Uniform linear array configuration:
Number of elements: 12
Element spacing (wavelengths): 0.25
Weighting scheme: cosine
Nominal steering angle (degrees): -45
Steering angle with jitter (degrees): -45.777
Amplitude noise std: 0.05
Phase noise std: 0.05

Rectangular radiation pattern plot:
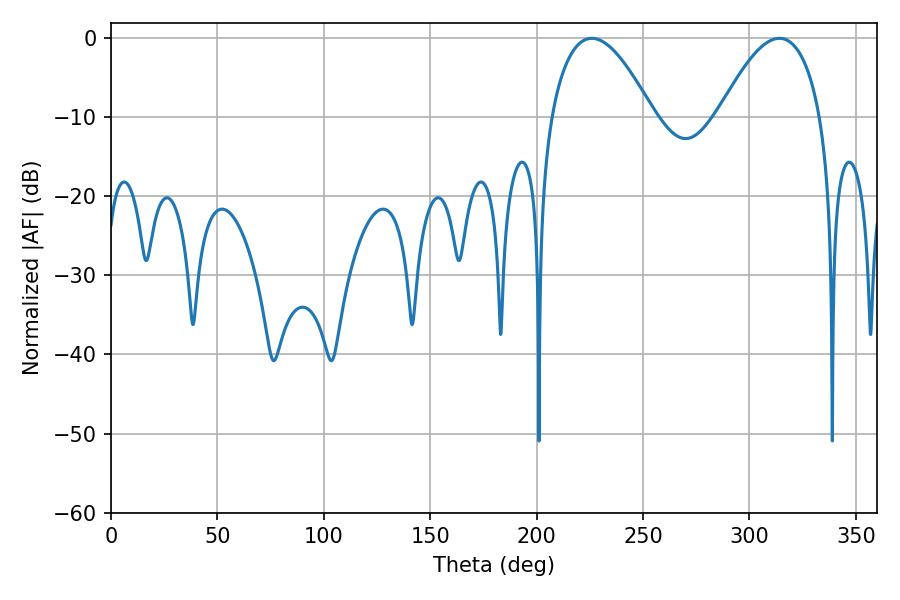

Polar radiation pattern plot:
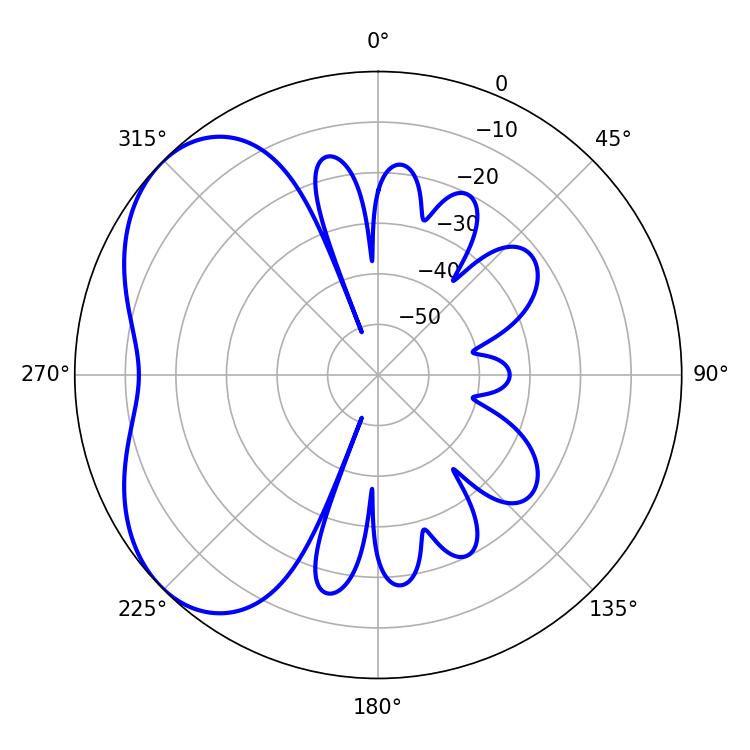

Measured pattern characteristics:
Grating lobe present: FALSE
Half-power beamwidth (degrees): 26.28
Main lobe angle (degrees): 225.9